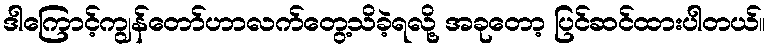
ဒါကြောင့်ကျွန်တော်ဟာလက်တွေ့သိခဲ့ရလို့ အခုတော့ ပြင်ဆင်ထားပါတယ်။